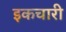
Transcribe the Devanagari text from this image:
इकचारी